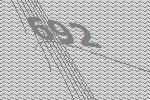
692